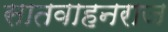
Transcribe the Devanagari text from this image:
सातवाहनराज